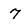
Character: 7